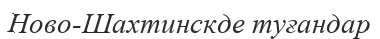
Ново-Шахтинскде туғандар